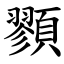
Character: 顟